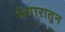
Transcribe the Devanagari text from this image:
भंगारातून